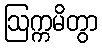
ဩက္ကမိတွာ